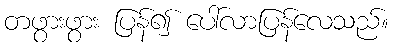
တဖွားဖွား ပြန်၍ ပေါ်လာပြန်လေသည်။